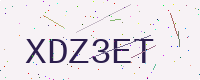
Text: XDZ3ET